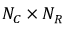
N _ { C } \times N _ { R }